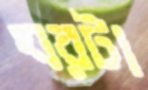
ঘরটা